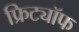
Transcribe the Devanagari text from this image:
फ्रिट्यॉफ